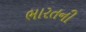
ભારતની